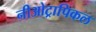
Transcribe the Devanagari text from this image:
नीओट्रापिकल